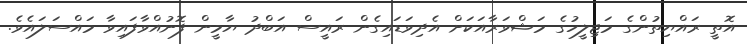
އޮތީ ރައްޔިތުންގެ މަޖިލީހުގެ މަޝްވަރާއަކަށް އެދިވަަޑައިގެން ރައީސް އަބްދު ޔާމީން ފޮނުއްވާފައިވާ މައްސަލައެވެ.